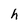
Character: h